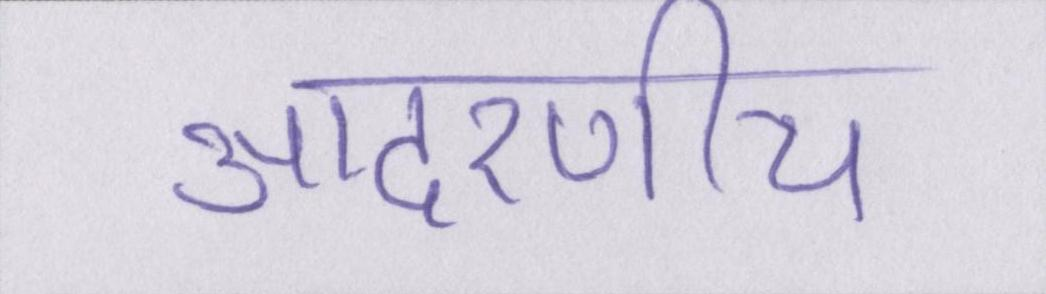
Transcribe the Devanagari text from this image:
आदरणीय